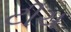
ટીચ